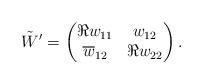
LaTeX: \begin{align*}\tilde{W}'=\begin{pmatrix} \Re w_{11} & w_{12}\\ \overline{w}_{12}& \Re w_{22}\end{pmatrix}.\end{align*}